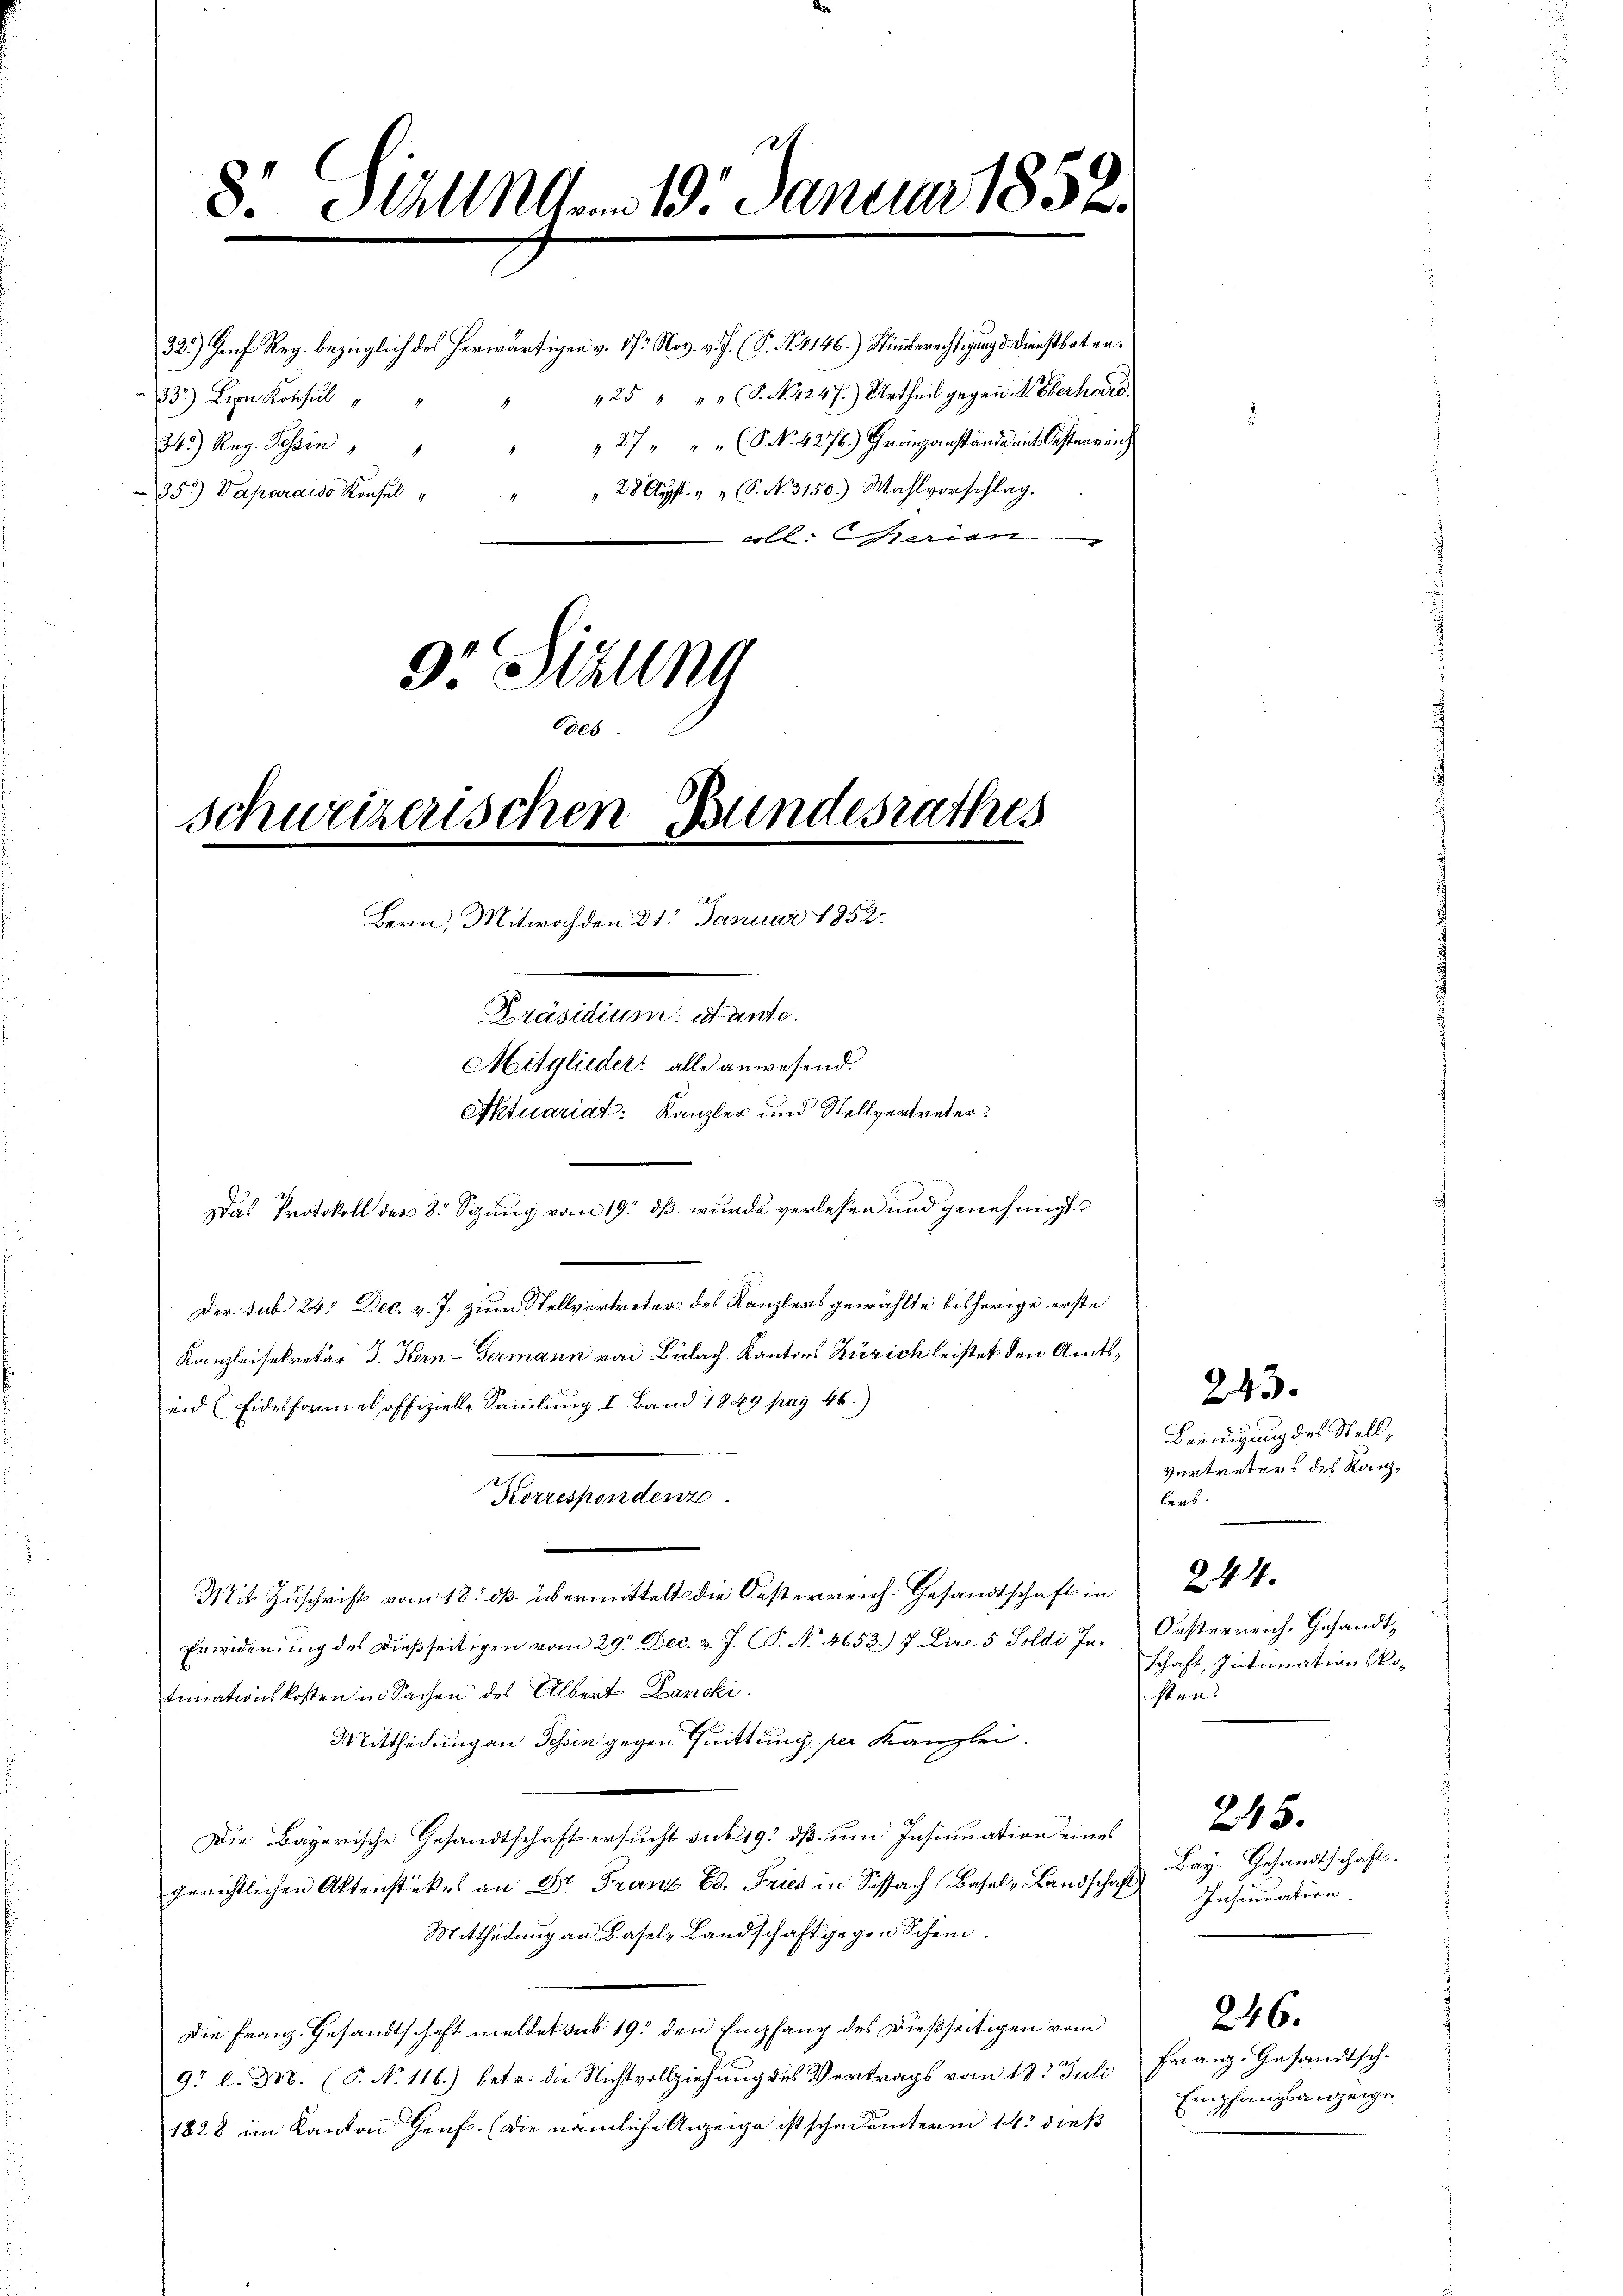
8. Sirung 19. Januar 185

schweizerischen Bundesrathes
Bern, Mitwoch den 31. Januar 1852.

32.) Genf Reg. bezüglich des herwärtigen v. 172 Nov. v. J. P. Nr. 4146.) Stimmberechtigung d. Dienstboten¬
25 " " " S. N. 4247.) Urtheil gegen N. Oberhard.
83.) Lion Konsul
4
34.) Reg. Tessin " " " " 27 " " " (S No. 4276.) Gränzanstände mit Oesterreich
" 28 Augst. " " S. N. 3150.) Wahlvorschlag.
35) Vaparaiso Konsel
coll. Marien
9.Stzung
des

Präsidium et ante.
Mitglieder: alle anwesend.
Aktuariat: Kanzler und Stellvertreter¬
Das Protokoll der 8. Sitzung vom 19. dß wurde verlesen und genehmigt
Der sub 24 Dec. v. J. zum Stellvertreter des Kanzlers gewählte bisherige erste
Kanzleisekretär J. Kern-Germann von Bülach Kantons Zürich leistet den Amts¬
und (Eidesformel offizielle Sammlung I Band 1849 pag. 46.)
Aermesandten
Mit Zuschrift vom 18. dß. übermittelt die Oesterreich. Gesandtschaft in
Erwiderŭng des dießseitigen vom 29. Dec. v. J. C. No. 4653. 7 Lire 5 Soldi Jr. Oesterreich. Gesandt,
tinationskosten in Sachen des Albert Lancki.
Mittheilung an Tessin gegen Quittung per Kanzlei.
Die Bayerische Gesandtschaft ersucht sub 19: dß um Insinuation eines
gerichtlichen Aktenstükes an Dr. Franz Ed. Fries in Sichsach (Basel-Landschaft
Mittheilung an Basel-Landschaft gegen Schein.
Die Franz Gesandtschaft meldet sub 19. den Empfang des Dießseitigen vom
9 l. M. (S. N. 116.) betr. die Nichtvollziehung des Vertrags vom 18. Juli
1828 im Kanton Graf. (die nämliche Anzeige ist schauunterm 14. dieß

Beeidigung des Stell,
Vertreters des Kanzlers.
Schaft, Intanationskosten.
245.
Bay. Gesandtschaft.
Insinuation.

243.

§ 44.

Franz. Gesandtsch.
Empfangsanzeige

246.